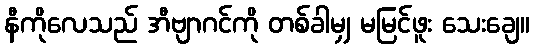
နီကိုလေသည် အီဗျာဂင်ကို တစ်ခါမျှ မမြင်ဖူး သေးချေ။